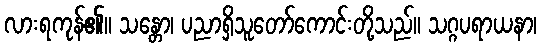
လားရကုန်၏။ သန္တော၊ ပညာရှိသူတော်ကောင်းတို့သည်။ သဂ္ဂပရာယနာ၊